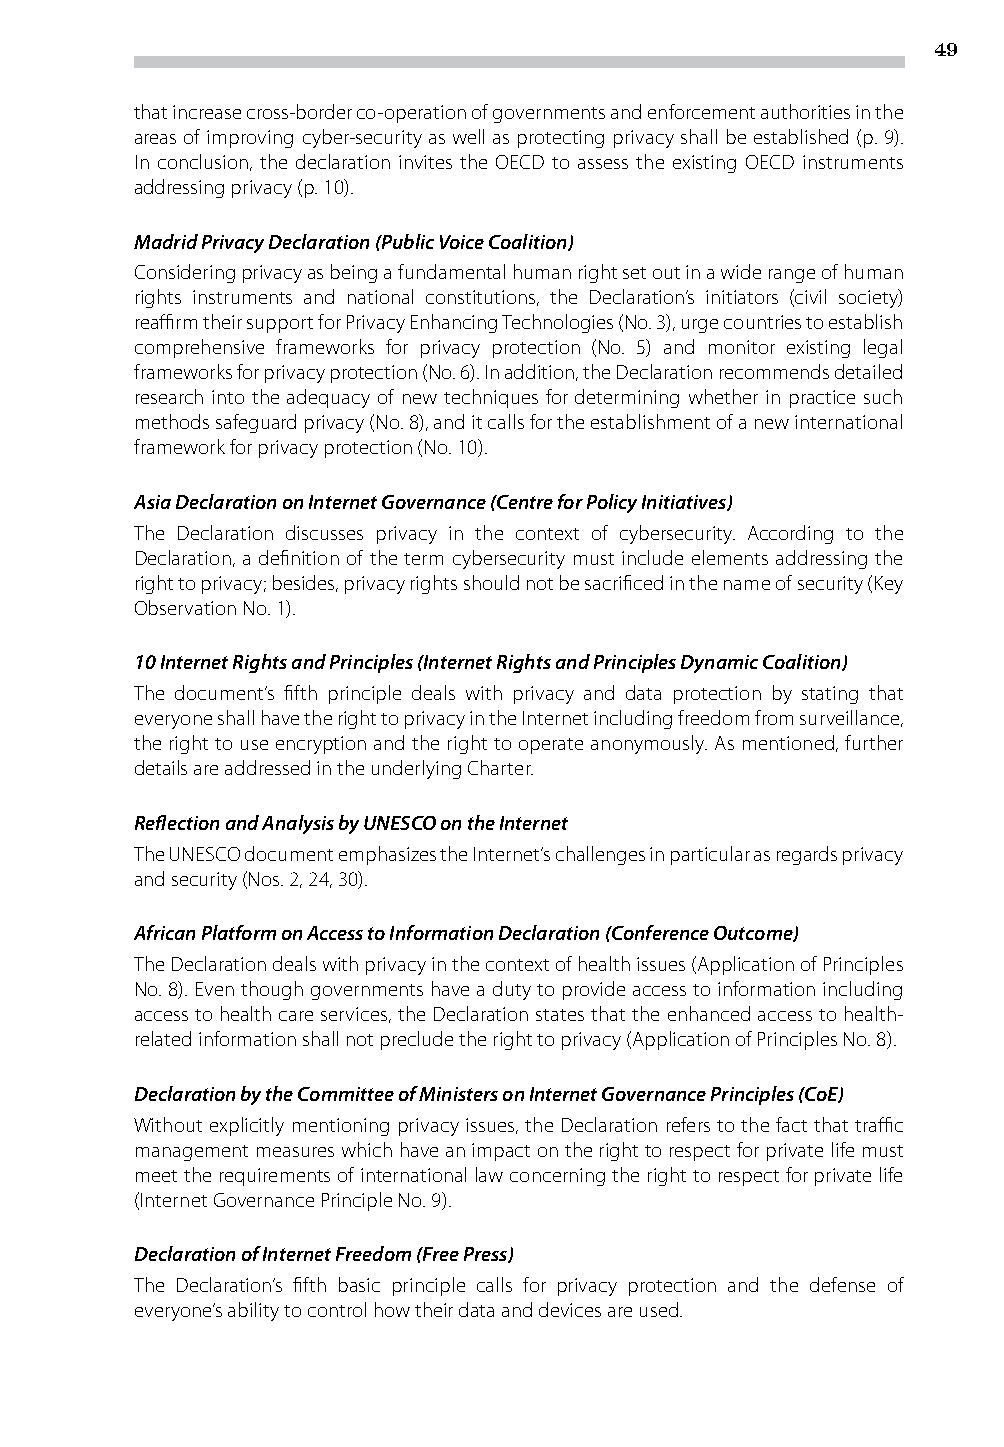
49
 that increase cross-border co-operation of governments and enforcement authorities in the
 areas of improving cyber-security as well as protecting privacy shall be established (p. 9).
 In conclusion, the declaration invites the OECD to assess the existing OECD instruments
 addressing privacy (p. 10).
 Madrid Privacy Declaration (Public Voice Coalition)
 Considering privacy as being a fundamental human right set out in a wide range of human
 rights instruments and national constitutions, the Declaration’s initiators (civil society)
 reaffirm their support for Privacy Enhancing Technologies (No. 3), urge countries to establish
 comprehensive frameworks for privacy protection (No. 5) and monitor existing legal
 frameworks for privacy protection (No. 6). In addition, the Declaration recommends detailed
 research into the adequacy of new techniques for determining whether in practice such
 methods safeguard privacy (No. 8), and it calls for the establishment of a new international
 framework for privacy protection (No. 10).
 Asia Declaration on Internet Governance (Centre for Policy Initiatives)
 The Declaration discusses privacy in the context of cybersecurity. According to the
 Declaration, a definition of the term cybersecurity must include elements addressing the
 right to privacy; besides, privacy rights should not be sacrificed in the name of security (Key
 Observation No. 1).
 10 Internet Rights and Principles (Internet Rights and Principles Dynamic Coalition)
 The document’s fifth principle deals with privacy and data protection by stating that
 everyone shall have the right to privacy in the Internet including freedom from surveillance,
 the right to use encryption and the right to operate anonymously. As mentioned, further
 details are addressed in the underlying Charter.
 Reflection and Analysis by UNESCO on the Internet
 The UNESCO document emphasizes the Internet’s challenges in particular as regards privacy
 and security (Nos. 2, 24, 30).
 African Platform on Access to Information Declaration (Conference Outcome)
 The Declaration deals with privacy in the context of health issues (Application of Principles
 No. 8). Even though governments have a duty to provide access to information including
 access to health care services, the Declaration states that the enhanced access to health-
 related information shall not preclude the right to privacy (Application of Principles No. 8).
 Declaration by the Committee of Ministers on Internet Governance Principles (CoE)
 Without explicitly mentioning privacy issues, the Declaration refers to the fact that traffic
 management measures which have an impact on the right to respect for private life must
 meet the requirements of international law concerning the right to respect for private life
 (Internet Governance Principle No. 9).
 Declaration of Internet Freedom (Free Press)
 The Declaration’s fifth basic principle calls for privacy protection and the defense of
 everyone’s ability to control how their data and devices are used.